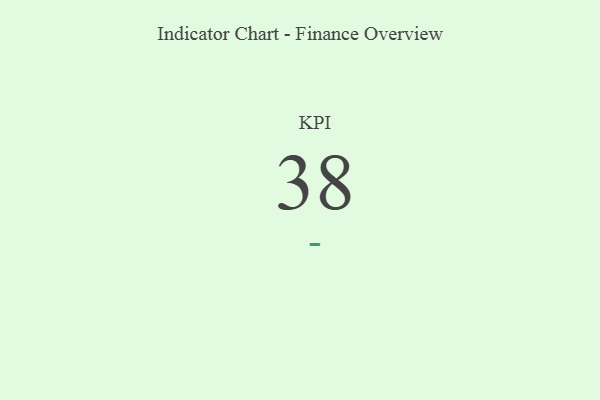
{"axis": {"x": "KPI", "y": "Value"}, "legend": [""], "data": [{"x": "KPI", "y": 38, "type": ""}]}